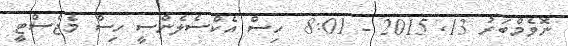
ނޮވެމްބަރު 13